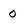
Character: 0